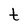
Character: t